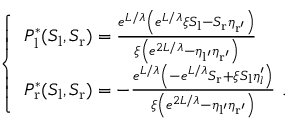
\left\{ \begin{array} { l l } { P _ { \mathrm { l } } ^ { * } ( S _ { \mathrm { l } } , S _ { \mathrm { r } } ) = \frac { e ^ { L / \lambda } \left( e ^ { L / \lambda } \xi S _ { \mathrm { l } } - S _ { \mathrm { r } } \eta _ { \mathrm { r ^ { \prime } } } \right) } { \xi \left( e ^ { 2 L / \lambda } - \eta _ { \mathrm { l ^ { \prime } } } \eta _ { \mathrm { r ^ { \prime } } } \right) } } \\ { P _ { \mathrm { r } } ^ { * } ( S _ { \mathrm { l } } , S _ { \mathrm { r } } ) = - \frac { e ^ { L / \lambda } \left( - e ^ { L / \lambda } S _ { \mathrm { r } } + \xi S _ { \mathrm { l } } \eta _ { l } ^ { \prime } \right) } { \xi \left( e ^ { 2 L / \lambda } - \eta _ { \mathrm { l ^ { \prime } } } \eta _ { \mathrm { r ^ { \prime } } } \right) } \ . } \end{array} \right.